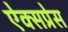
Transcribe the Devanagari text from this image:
ऐक्सप्रेस